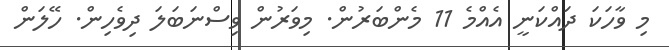
މި ވާހަކަ ދައްކަނީ އެއްމެ 11 މެންބަރުން. މިވަރުން ވިސްނަބަލަ ދިވެހިން. ހޭލަން